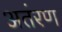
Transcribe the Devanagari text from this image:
अतंरण